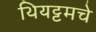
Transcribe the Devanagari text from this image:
थियट्टमचे